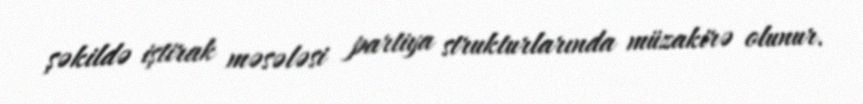
şəkildə iştirak məsələsi partiya strukturlarında müzakirə olunur.